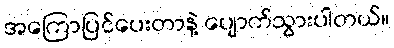
အကြောပြင်ပေးတာနဲ့ ပျောက်သွားပါတယ်။